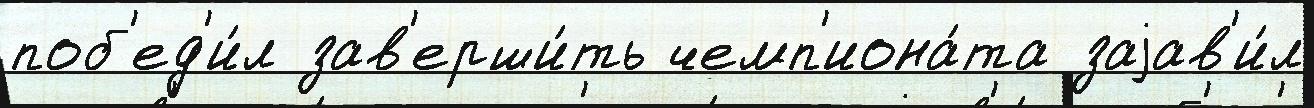
поб'ед'и́л зав'ерши́ть чемп'иона́та заjав'и́л